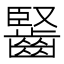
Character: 𪘦